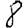
Digit: 8